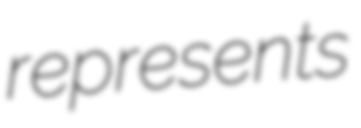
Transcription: represents